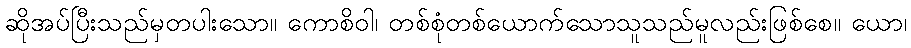
ဆိုအပ်ပြီးသည်မှတပါးသော။ ကောစိဝါ၊ တစ်စုံတစ်ယောက်သောသူသည်မူလည်းဖြစ်စေ။ ယော၊